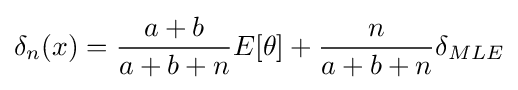
\delta _{n}(x)={\frac {a+b}{a+b+n}}E[\theta ]+{\frac {n}{a+b+n}}\delta _{MLE}